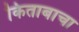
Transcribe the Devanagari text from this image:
किताबाचा